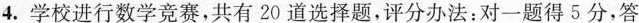
4.学校进行数学竞赛，共有20道选择题，评分办法：对一题得5分，答